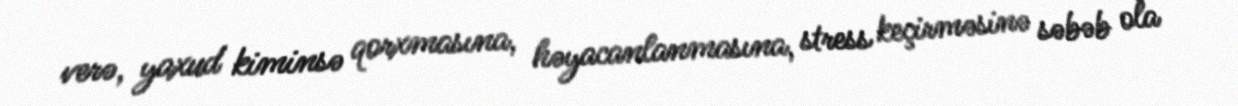
verə, yaxud kiminsə qorxmasına, həyacanlanmasına, stress keçirməsinə səbəb ola